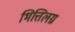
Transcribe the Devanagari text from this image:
भित्तिलग्न